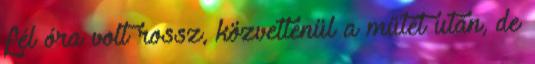
fél óra volt rossz, közvetlenül a műtét után, de